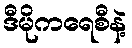
ဒီမိုကရေစီနဲ့